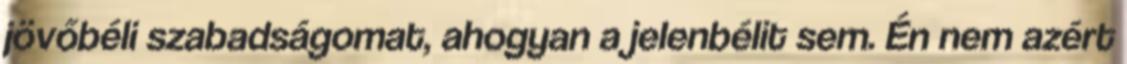
jövőbéli szabadságomat, ahogyan a jelenbélit sem. Én nem azért